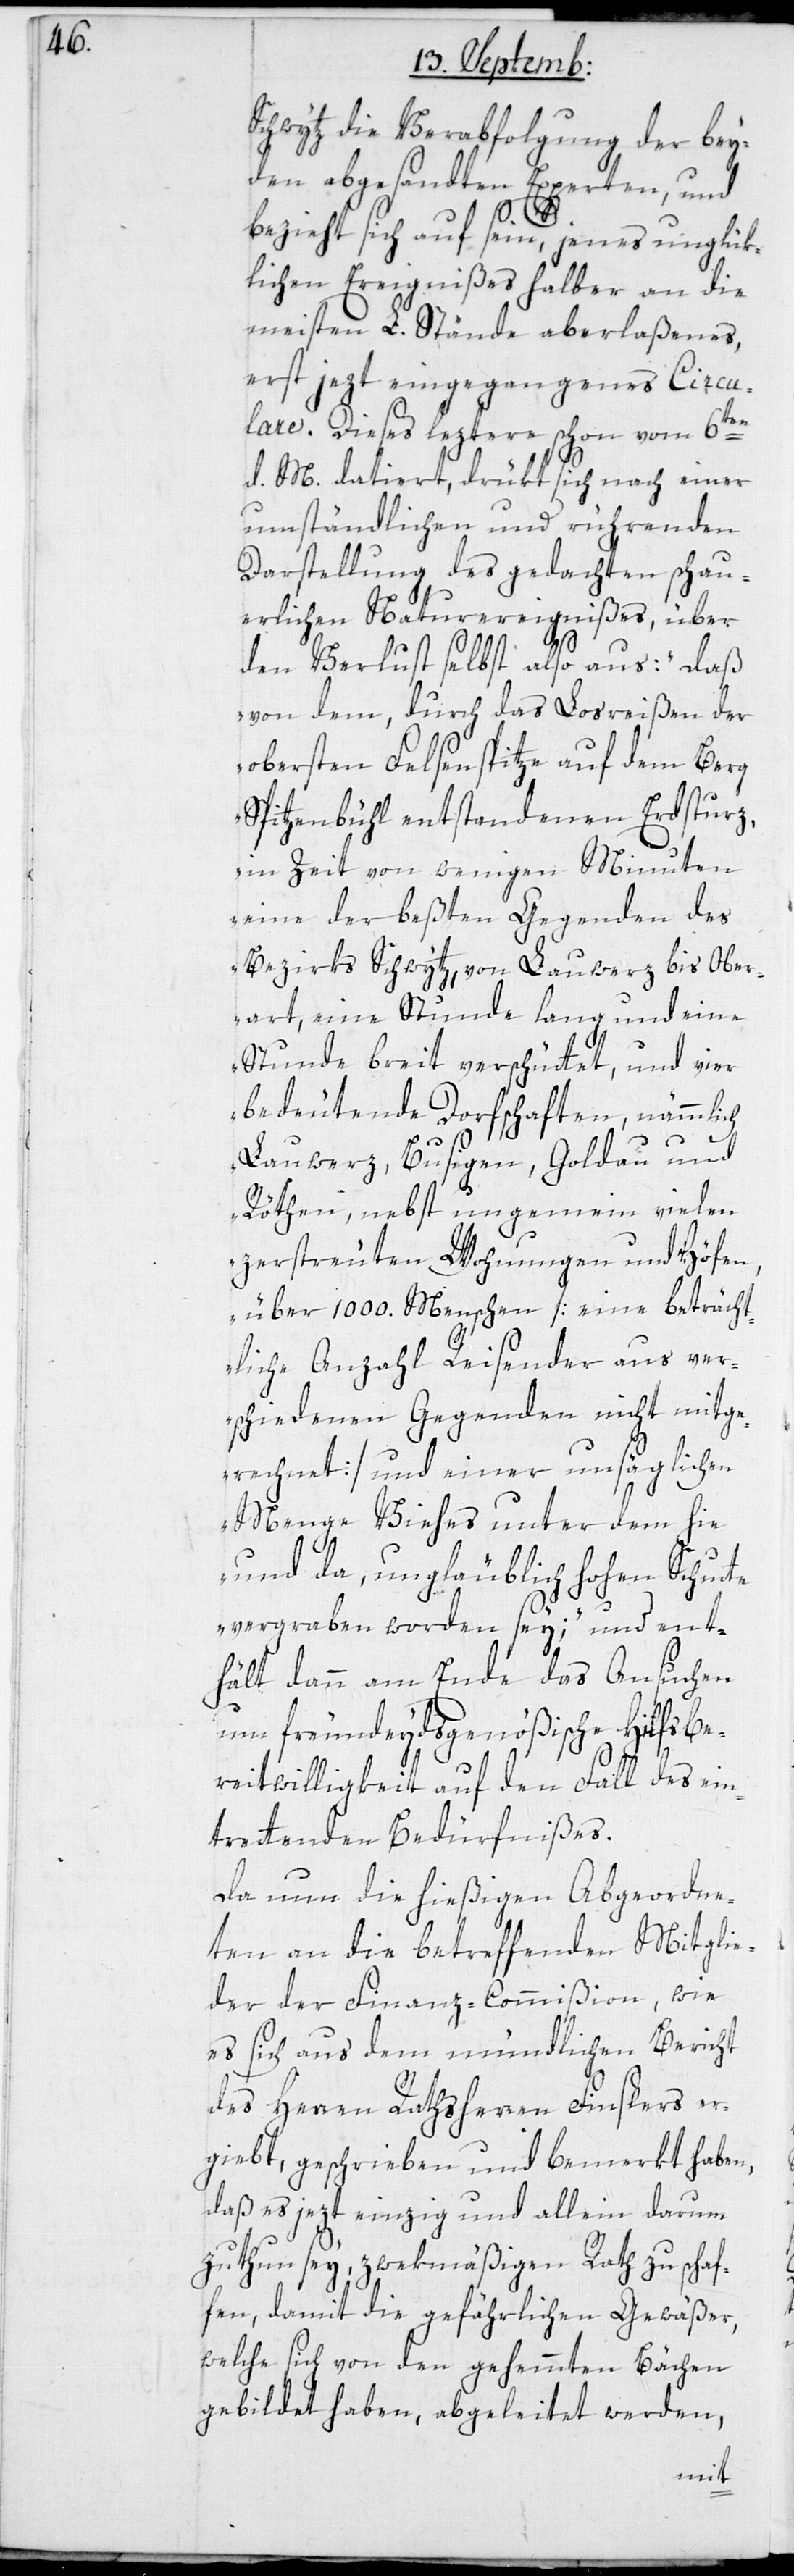
Schwytz die Verabfolgung der bey¬
den abgesandten Experten, und
bezieht sich auf sein, jenes unglük¬
lichen Ergeignißes halber an die
meisten L. Stände aberlaßenes,
erst jezt eingegangenes Circu¬
lare. Dieses leztere schon vom 6ten
d. M. datiert, drükt sich nach einer
umständlichen und rührenden
Darstellung des gedachten schau¬
erlichen Naturereignißes, über
den Verlust selbst also aus: „daß
von dem, durch das Losreißen der
obersten Felsenspitze auf dem Berg
Spitzenbühl entstandenen Erdsturz,
in Zeit von wenigen Minuten
eine der beßten Gegenden des
Bezirks Schwytz, von Lauerz bis Ober¬
art, eine Stunde lang und eine
Stunde breit verschüttet, und vier
bedeutende Dorfschaften, nämmlich
Lauwerz, Busigen, Goldau und
Röthen, nebst ungemein vielen
zerstreuten Wohnungen und Höfen,
über 1000. Menschen [eine beträcht¬
liche Anzahl Reisender aus ver¬
schiedenen Gegenden nicht mitge¬
rechnet] und einer unsäglichen
Menge Viehes unter dem hie
und da ungläublich hohen Schut¬
te vergraben worden sey;“ und ent¬
hält dann am Ende das Ansuchen
um freundeydsgenößische Hilfsbe¬
reitwilligkeit auf den Fall des ein¬
trettenden Bedürfnißes.
Da nun die hießige Abgeordne¬
ten an die betreffenden Mitglie¬
der der Finanz-Commißion, wie
es sich aus dem mündlichen Bericht
des Herren Rathsherren Finslers er¬
giebt, geschrieben und bemerkt haben,
daß es jezt einzig und allein darum
zu thun sey, zwekmäßigen Rath zu schaf¬
fen, damit die gefährlichen Gewäßer,
welche sich von den gehemmten Bächen
gebildet haben, abgeleitet werden,